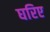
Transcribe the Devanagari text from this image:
घरिए